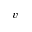
v